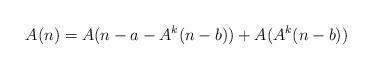
LaTeX: \begin{align*} A(n) = A(n-a-A^k(n-b)) + A(A^k(n-b)) \end{align*}